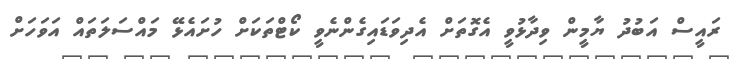
ރައީސް އަބުދު ޔާމީން ވިދާޅުވީ އެގޮތަށް އެދިވަޑައިގެންނެވީ ކޯޓްތަކަށް ހުށައެޅޭ މައްސަލަތައް އަވަހަށް